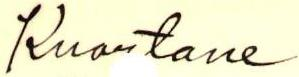
Kuortane